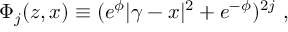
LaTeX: \Phi _ { j } ( z , x ) \equiv ( e ^ { \phi } | \gamma - x | ^ { 2 } + e ^ { - \phi } ) ^ { 2 j } ~ ,